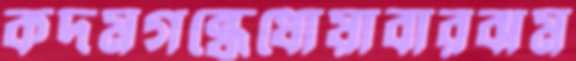
কদমগন্ধেধোয়াবারঝম